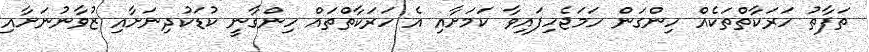
ތަފާތު ހަރަކާތްތަކެއް ހިންގަން ހަމަޖެހިފައިވާ ކަމަށާއި އެ ހަރަކާތްތައް ހިންގާނީ ކުޑަކުދިނަށާއި ޒުވާނުނަށާއި